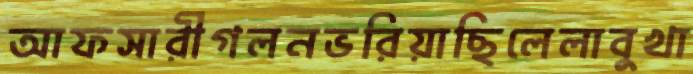
আফসারীগলনভরিয়াছিলেলাবুখা